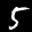
Label: 5